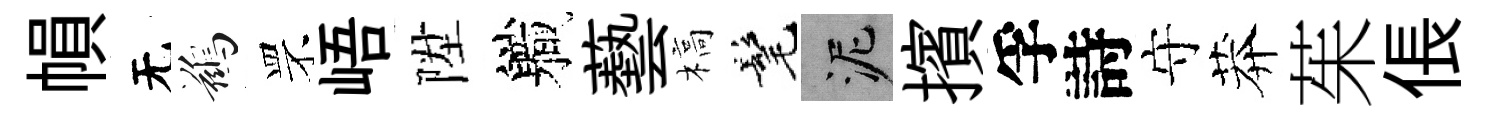
𢄙无鷀罘峿陞軄藝槁髦泥擯孚詩守莽茱倀